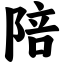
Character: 陪